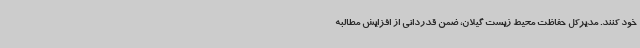
خود کنند. مدیرکل حفاظت محیط زیست گیلان، ضمن قدردانی از افزایش مطالبه